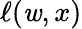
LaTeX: \ell(\mathit{w},x)